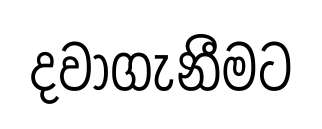
දවාගැනීමට